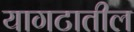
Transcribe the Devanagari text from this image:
यागटातील